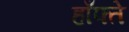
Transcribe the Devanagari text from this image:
हाँफ्ते